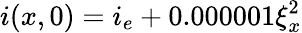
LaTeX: i(x,0)=i_{e}+0.000001\xi_{x}^{2}